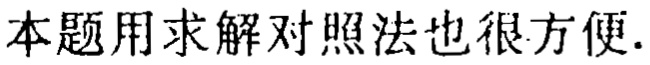
本题用求解对照法也很方便.